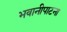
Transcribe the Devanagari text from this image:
भवानीपाटना